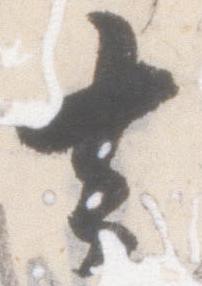
去